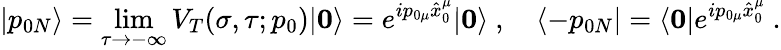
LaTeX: |p_{0N}\rangle=\operatorname*{lim}_{\tau\rightarrow-\infty}V_{T}(\sigma,\tau;p_{0})|\mathbf{0}\rangle=e^{ip_{0\mu}\hat{x}_{0}^{\mu}}|\mathbf{0}\rangle~,\quad\langle-p_{0N}|=\langle\mathbf{0}|e^{ip_{0\mu}\hat{x}_{0}^{\mu}}~.